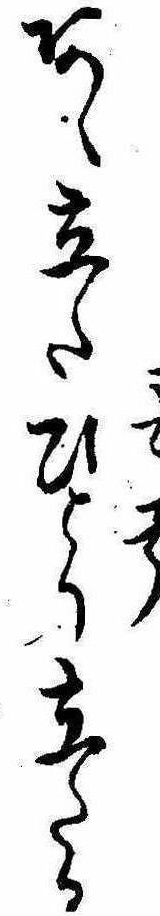
あゝ立たひとり立たる